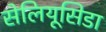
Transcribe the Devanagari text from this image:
सेलियूसिडा